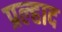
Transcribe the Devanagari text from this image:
प्रल्‍हाद